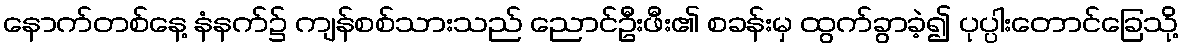
နောက်တစ်နေ့ နံနက်၌ ကျန်စစ်သားသည် ညောင်ဦးဖီး၏ စခန်းမှ ထွက်ခွာခဲ့၍ ပုပ္ပါးတောင်ခြေသို့